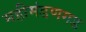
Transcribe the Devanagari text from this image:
महीमंडणगड